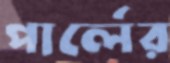
পার্লের